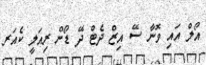
އޯލް އައި ވޮނާ ސޭ އިޒް ދެޓް ދޭ ޑޯން ރިއަލީ ކެއަރ